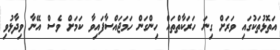
އަތޮޅުތަކުގައި ވަރަށް ގިނަ ހަރަކާތްތައް ހިންގަން ހަމަޖައްސާފައިވާ ކަމަށް ވެސް އޭނާ ވިދާޅުވި